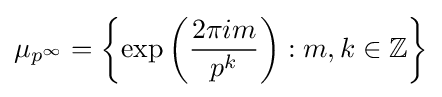
\mu _{p^{\infty }}=\left\{\exp \left({\frac {2\pi im}{p^{k}}}\right):m,k\in \mathbb {Z} \right\}